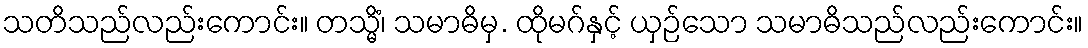
သတိသည်လည်းကောင်း။ တသ္မိံ၊ သမာဓိမှ. ထိုမဂ်နှင့် ယှဉ်သော သမာဓိသည်လည်းကောင်း။